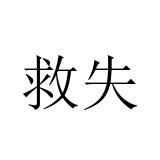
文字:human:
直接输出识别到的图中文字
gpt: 救失